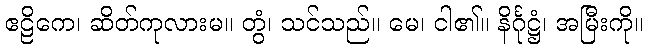
ဧဠိကေ၊ ဆိတ်ကုလားမ။ တွံ၊ သင်သည်။ မေ၊ ငါ၏။ နိင်္ဂုဋ္ဌံ၊ အမြီးကို။